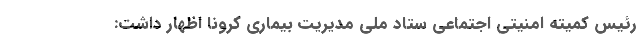
رئیس کمیته امنیتی اجتماعی ستاد ملی مدیریت بیماری کرونا اظهار داشت: